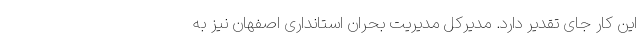
این کار جای تقدیر دارد. مدیرکل مدیریت بحران استانداری اصفهان نیز به